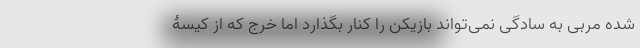
شده مربی به سادگی نمی‌تواند بازیکن را کنار بگذارد اما خرج که از کیسۀ